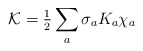
\begin{align*}{\cal K} = {\textstyle{1\over 2}} \sum_a \sigma_a K_a \chi_a\end{align*}